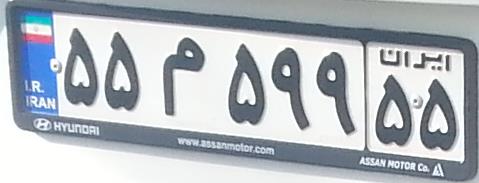
۵۵م۵۹۹۵۵